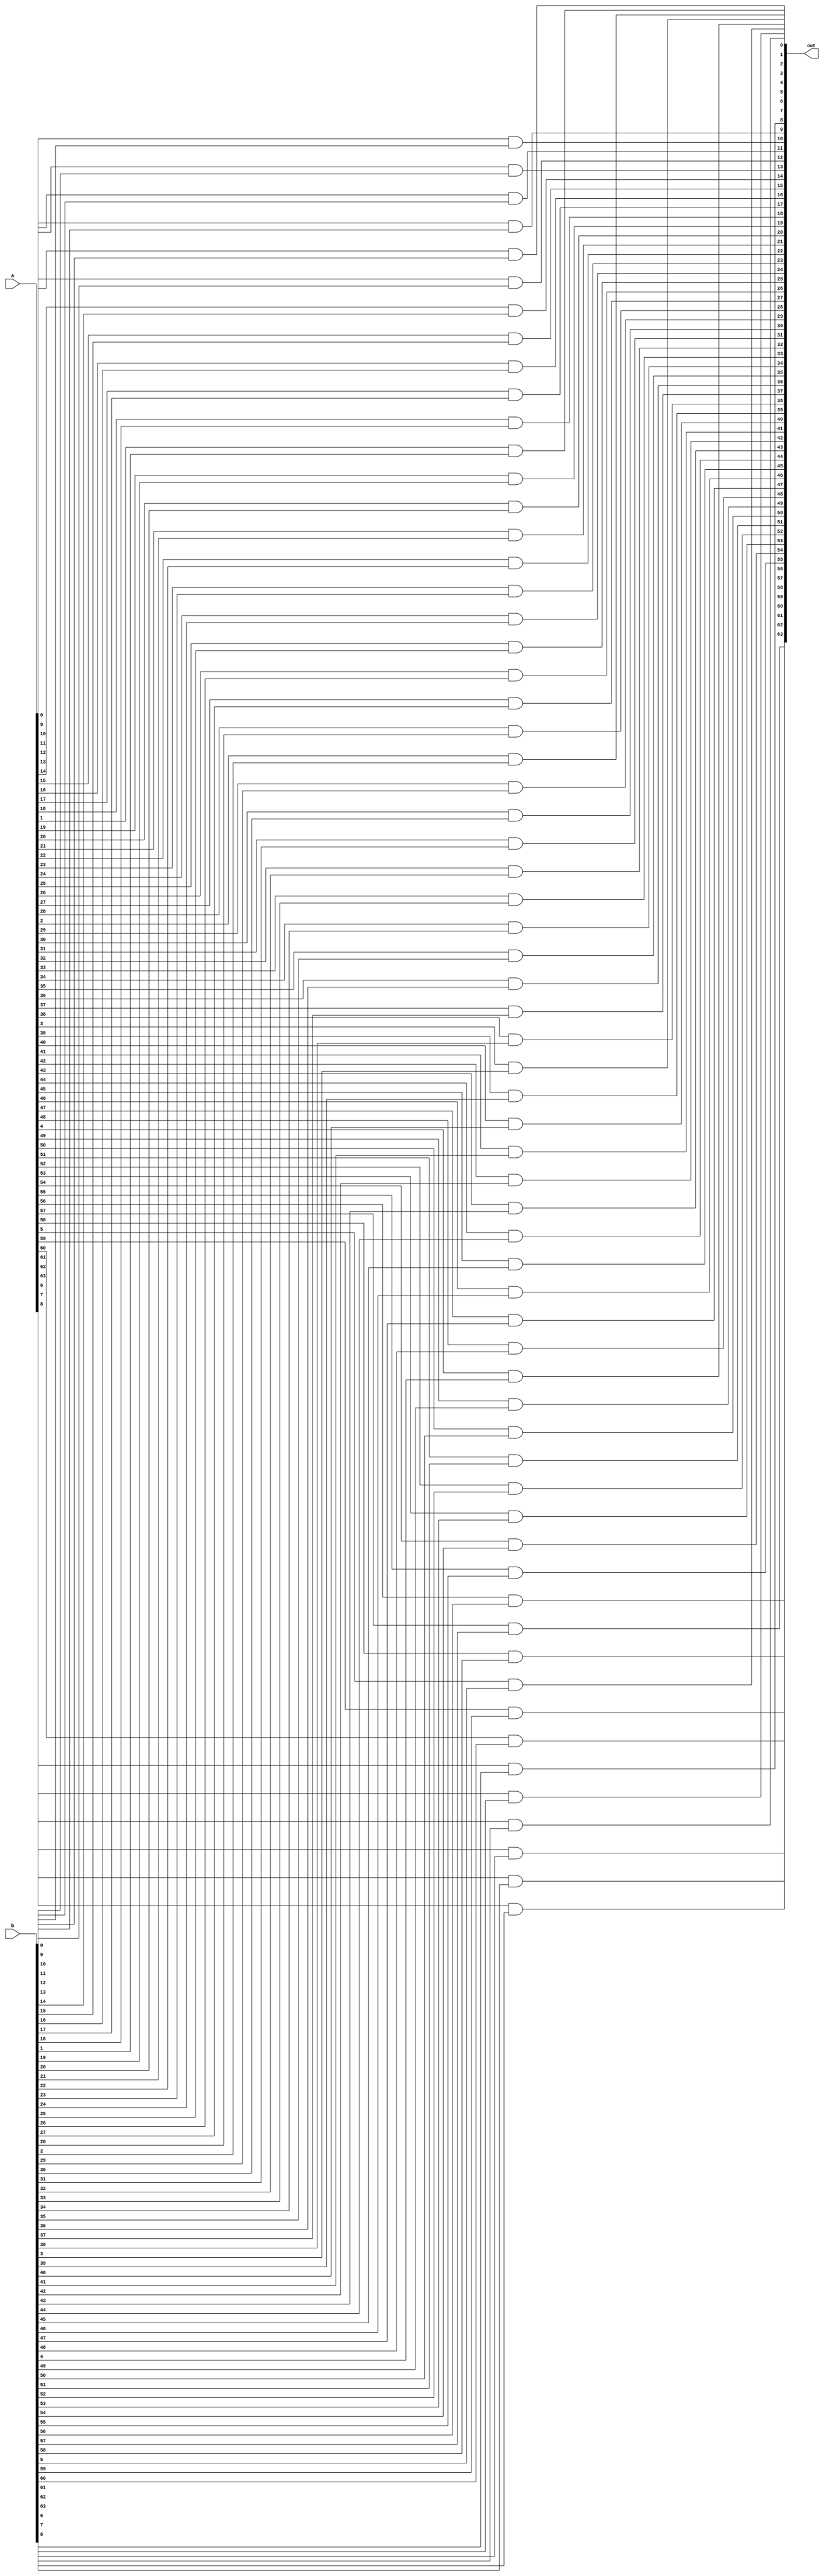
module and_64(a, b, out);

input [63:0] a,b;
output [63:0] out;

genvar i;
    generate for(i = 0; i < 64; i = i+1) begin
        and x(out[i], a[i], b[i]);
    end
    endgenerate

endmodule